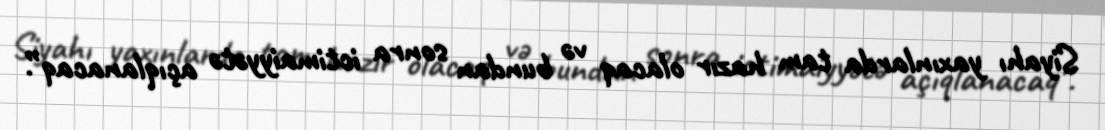
Siyahı yaxınlarda tam hazır olacaq və bundan sonra ictimaiyyətə açıqlanacaq”.